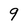
Character: 9